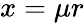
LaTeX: x=\mu r